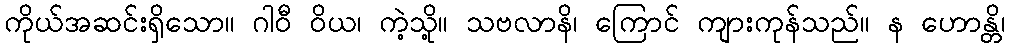
ကိုယ်အဆင်းရှိသော။ ဂါဝီ ဝိယ၊ ကဲ့သို့။ သဗလာနိ၊ ကြောင် ကျားကုန်သည်။ န ဟောန္တိ၊